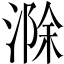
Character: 滁